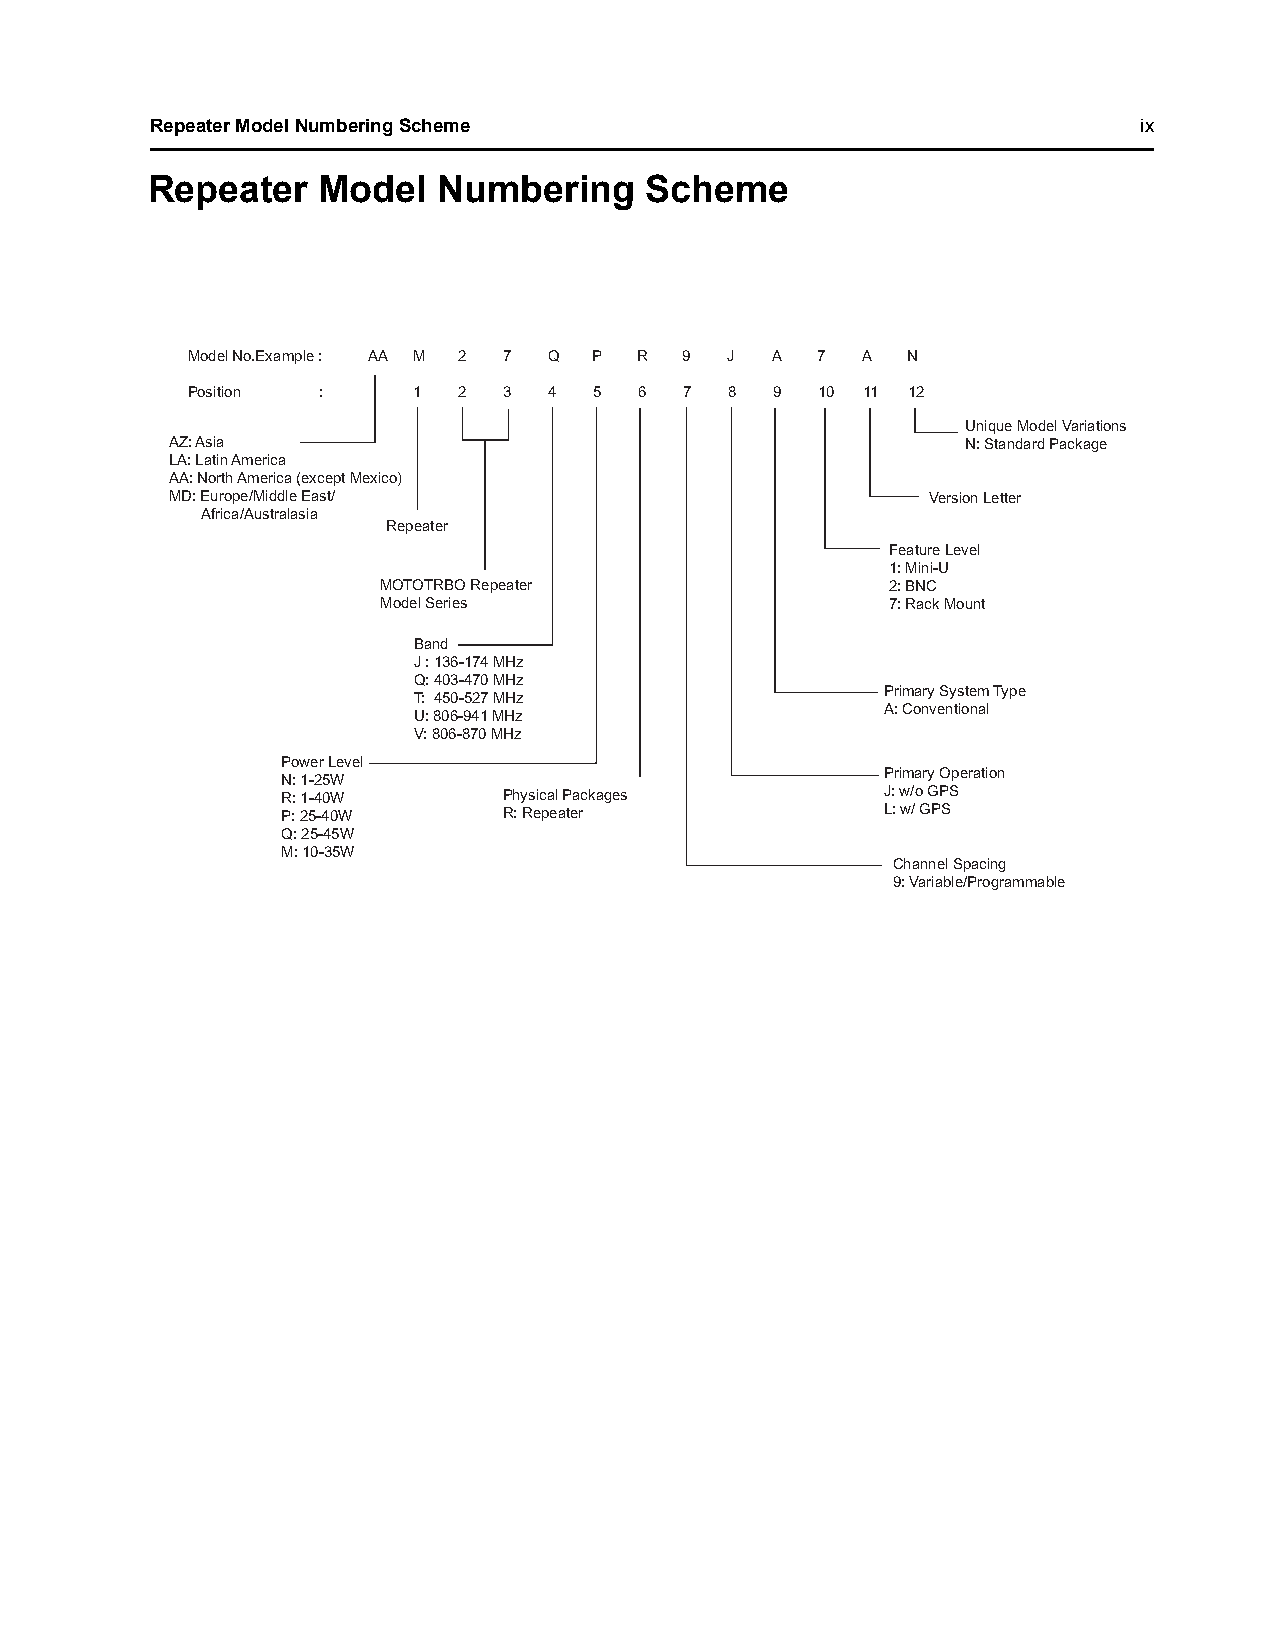
Repeater Model Numbering Scheme                                   ix
 Repeater   Model   Numbering     Scheme
 Model No.Example : AA M 2 7 Q P R 9 J  A  7  A  N
 Position :     1  2  3  4  5  6  7  8  9  10 11 12
 Unique Model Variations
 AZ: Asia                                             N: Standard Package
 LA: Latin America
 AA: North America (except Mexico)
 MD: Europe/Middle East/                           Version Letter
 Africa/Australasia
 Repeater
 Feature Level
 1: Mini-U
 MOTOTRBO Repeater                 2: BNC
 Model Series                      7: Rack Mount
 Band
 J : 136-174 MHz
 Q: 403-470 MHz
 Primary System Type
 T: 450-527 MHz
 A: Conventional
 U: 806-941 MHz
 V: 806-870 MHz
 Power Level
 Primary Operation
 N: 1-25W
 R: 1-40W      Physical Packages         J: w/o GPS
 P: 25-40W     R: Repeater               L: w/ GPS
 Q: 25-45W
 M: 10-35W
 Channel Spacing
 9: Variable/Programmable